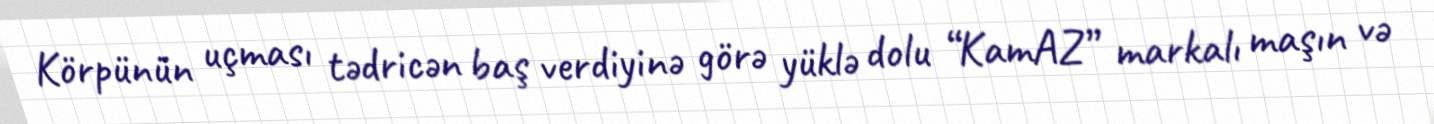
Körpünün uçması tədricən baş verdiyinə görə yüklə dolu “KamAZ” markalı maşın və